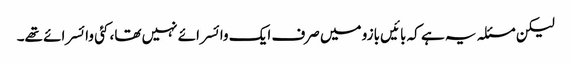
لیکن مسئلہ یہ ہے کہ بائیں بازو میں صرف ایک وائسرائے نہیں تھا، کئی وائسرائے تھے۔